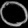
Digit: ၀